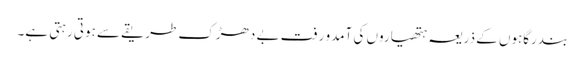
بندرگاہوں کے ذریعہ ہتھیاروں کی آمدو رفت بے دھڑک طریقے سے ہوتی رہتی ہے۔